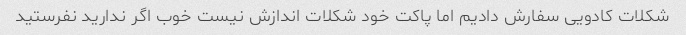
شکلات کادویی سفارش دادیم اما پاکت خود شکلات اندازش نیست خوب اگر ندارید نفرستید